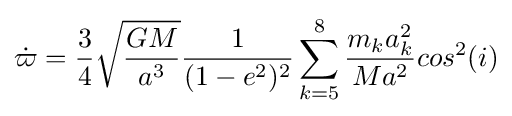
{\dot {\varpi }}={\frac {3}{4}}{\sqrt {\frac {GM}{a^{3}}}}{\frac {1}{(1-e^{2})^{2}}}\sum _{k=5}^{8}{\frac {m_{k}a_{k}^{2}}{Ma^{2}}}cos^{2}(i)